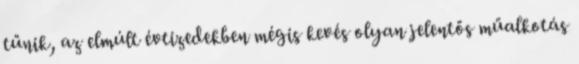
tűnik, az elmúlt évtizedekben mégis kevés olyan jelentős műalkotás